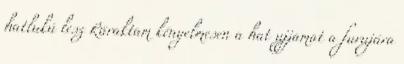
hatlukú lesz Ráraktam kényelmesen a hat ujjamat a furujára